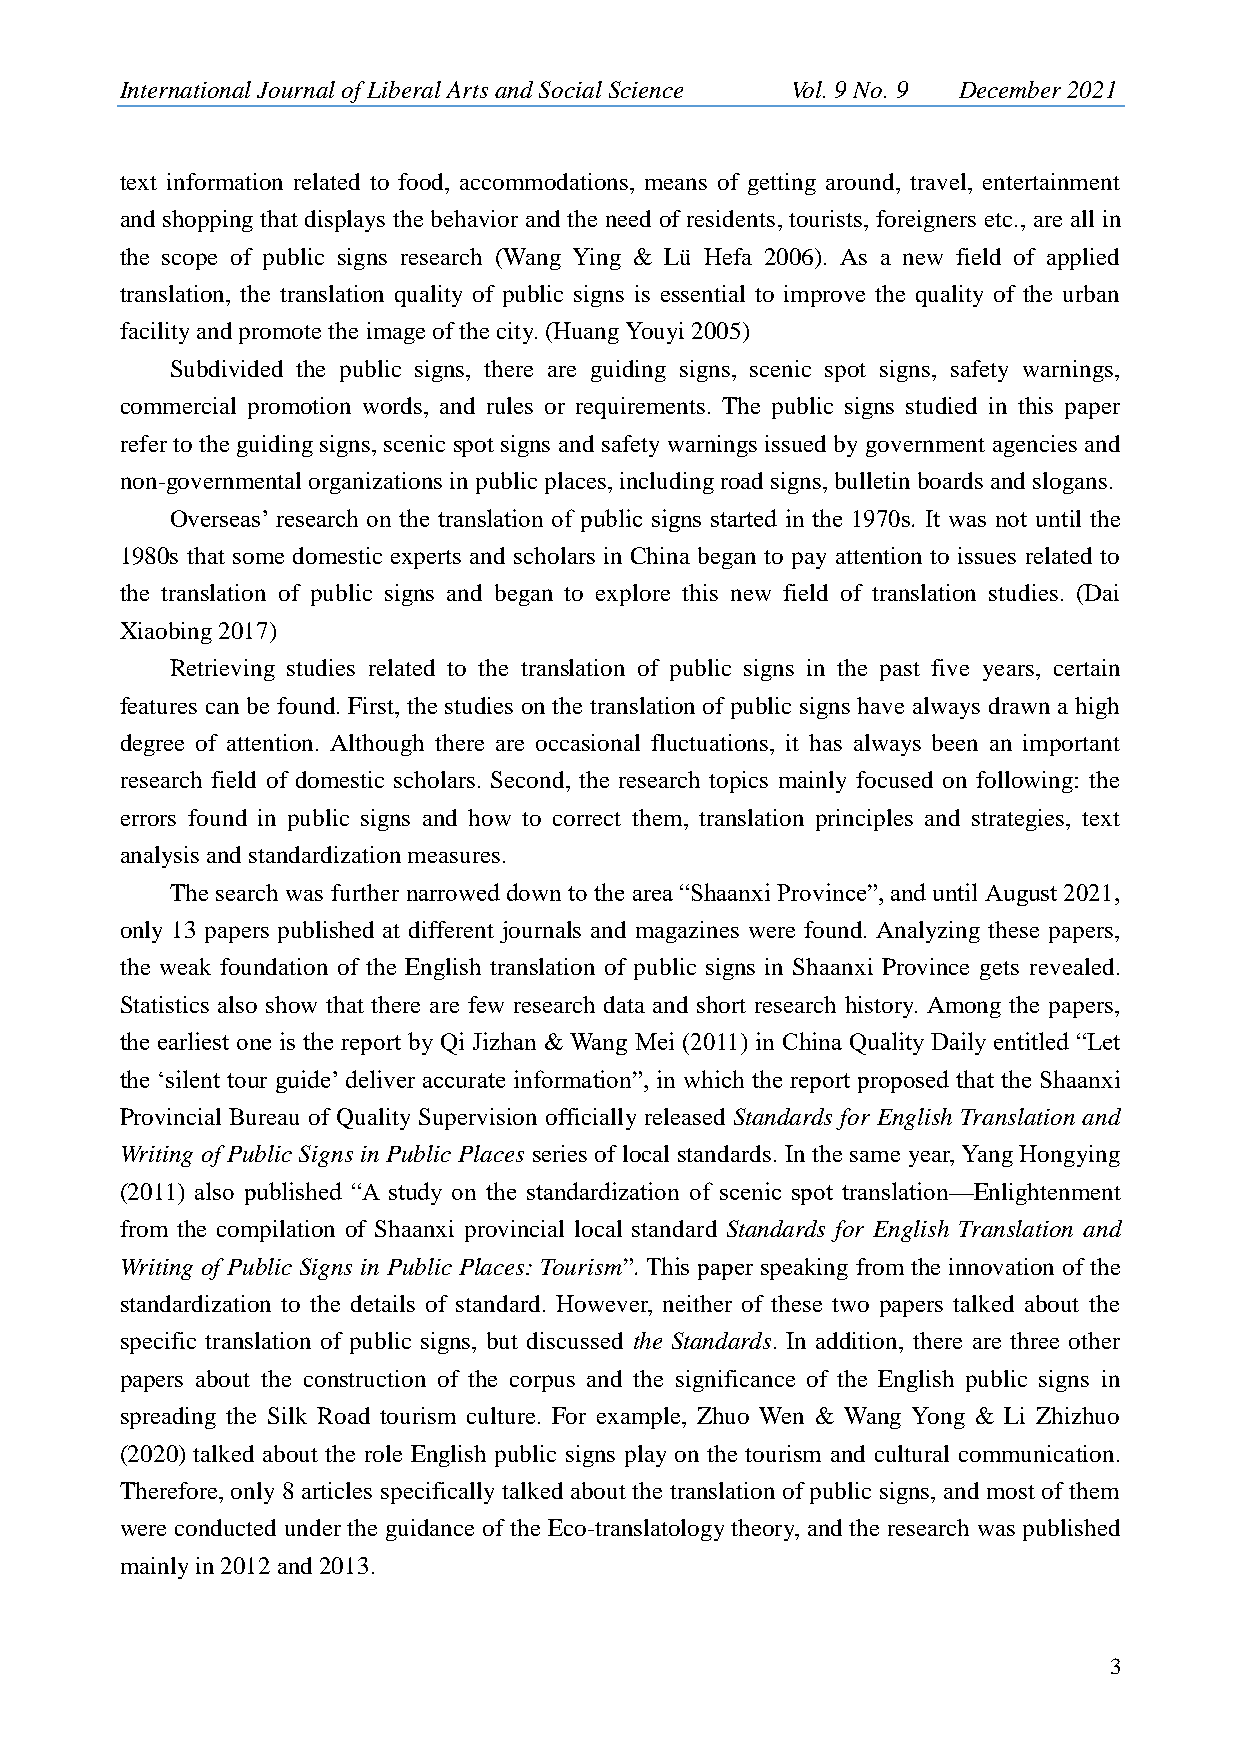
International Journal of Liberal Arts and Social Science Vol. 9 No. 9 December 2021
 text information related to food, accommodations, means of getting around, travel, entertainment
 and shopping that displays the behavior and the need of residents, tourists, foreigners etc., are all in
 the scope of public signs research (Wang Ying & Lü Hefa 2006). As a new field of applied
 translation, the translation quality of public signs is essential to improve the quality of the urban
 facility and promote the image of the city. (Huang Youyi 2005)
 Subdivided the public signs, there are guiding signs, scenic spot signs, safety warnings,
 commercial promotion words, and rules or requirements. The public signs studied in this paper
 refer to the guiding signs, scenic spot signs and safety warnings issued by government agencies and
 non-governmental organizations in public places, including road signs, bulletin boards and slogans.
 Overseas‟ research on the translation of public signs started in the 1970s. It was not until the
 1980s that some domestic experts and scholars in China began to pay attention to issues related to
 the translation of public signs and began to explore this new field of translation studies. (Dai
 Xiaobing 2017)
 Retrieving studies related to the translation of public signs in the past five years, certain
 features can be found. First, the studies on the translation of public signs have always drawn a high
 degree of attention. Although there are occasional fluctuations, it has always been an important
 research field of domestic scholars. Second, the research topics mainly focused on following: the
 errors found in public signs and how to correct them, translation principles and strategies, text
 analysis and standardization measures.
 The search was further narrowed down to the area “Shaanxi Province”, and until August 2021,
 only 13 papers published at different journals and magazines were found. Analyzing these papers,
 the weak foundation of the English translation of public signs in Shaanxi Province gets revealed.
 Statistics also show that there are few research data and short research history. Among the papers,
 the earliest one is the report by Qi Jizhan & Wang Mei (2011) in China Quality Daily entitled “Let
 the „silent tour guide‟ deliver accurate information”, in which the report proposed that the Shaanxi
 Provincial Bureau of Quality Supervision officially released Standards for English Translation and
 Writing of Public Signs in Public Places series of local standards. In the same year, Yang Hongying
 (2011) also published “A study on the standardization of scenic spot translation—Enlightenment
 from the compilation of Shaanxi provincial local standard Standards for English Translation and
 Writing of Public Signs in Public Places: Tourism”. This paper speaking from the innovation of the
 standardization to the details of standard. However, neither of these two papers talked about the
 specific translation of public signs, but discussed the Standards. In addition, there are three other
 papers about the construction of the corpus and the significance of the English public signs in
 spreading the Silk Road tourism culture. For example, Zhuo Wen & Wang Yong & Li Zhizhuo
 (2020) talked about the role English public signs play on the tourism and cultural communication.
 Therefore, only 8 articles specifically talked about the translation of public signs, and most of them
 were conducted under the guidance of the Eco-translatology theory, and the research was published
 mainly in 2012 and 2013.
 3